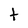
Character: t